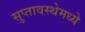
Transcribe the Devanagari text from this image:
सुप्तावस्थेमध्ये